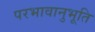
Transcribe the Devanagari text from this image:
परभावानुभूति